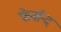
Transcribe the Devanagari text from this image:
फेर्नान्द